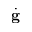
\dot { \bf g }